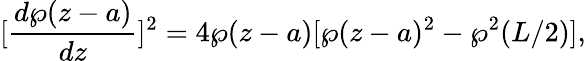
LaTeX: [\frac{d\wp(z-a)}{dz}]^{2}=4\wp(z-a)[\wp(z-a)^{2}-\wp^{2}(L/2)],